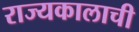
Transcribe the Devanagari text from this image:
राज्यकालाची